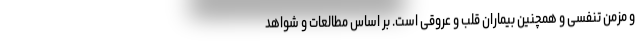
و مزمن تنفسی و همچنین بیماران قلب و عروقی است. بر اساس مطالعات و شواهد